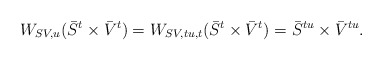
\begin{align*}W_{SV,u}(\bar{S}^{t}\times \bar{V}^{t}) =W_{SV,tu,t}(\bar{S}^{t}\times\bar{V}^{t})= \bar{S}^{tu}\times\bar{V}^{tu}. \end{align*}